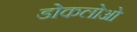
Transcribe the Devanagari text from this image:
डोकलोओ